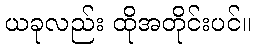
ယခုလည်း ထိုအတိုင်းပင်။